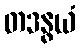
တဒနွယံ